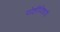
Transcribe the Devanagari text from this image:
गोष्टींविशयीं